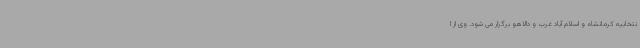
نتخابیه کرمانشاه و اسلام آباد غرب و دالاهو برگزار می شود. وی از ا